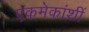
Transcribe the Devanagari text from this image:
एकमेकांशीं